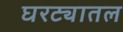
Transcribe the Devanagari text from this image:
घरट्यातल